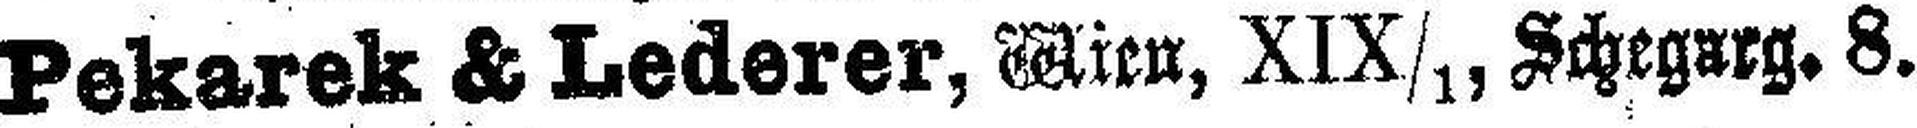
Pekarek & Lederer, Wien, XIX/1, Schegurg. 8.